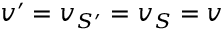
v ^ { \prime } = v _ { S ^ { \prime } } = v _ { S } = v